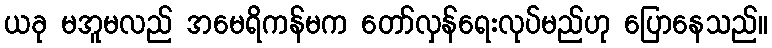
ယခု မအူမလည် အမေရိကန်မက တော်လှန်ရေးလုပ်မည်ဟု ပြောနေသည်။